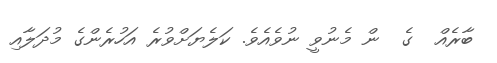
ބާރެއް  ގެ  ން މެނުވީ ނުވެއެވެ. ކަލެޔަށްވުރެ އަހުރެންގެ މުދަލާއި